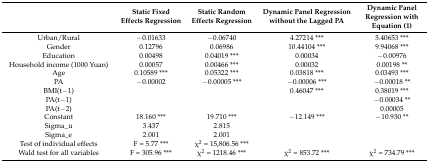
<table><thead><tr><td></td><td><b>Static Fixed Effects Regression</b></td><td><b>Static Random Effects Regression</b></td><td><b>Dynamic Panel Regression without the Lagged PA</b></td><td><b>Dynamic Panel Regression with Equation (1)</b></td></tr></thead><tbody><tr><td>Urban/Rural</td><td>−0.01633</td><td>−0.06740</td><td>4.27214 ***</td><td>5.40653 ***</td></tr><tr><td>Gender</td><td>0.12796</td><td>0.06986</td><td>10.44104 ***</td><td>9.94068 ***</td></tr><tr><td>Education</td><td>0.00498</td><td>0.04019 ***</td><td>0.00034</td><td>−0.00976</td></tr><tr><td>Household income (1000 Yuan)</td><td>0.00057</td><td>0.00466 ***</td><td>0.00032</td><td>0.00198 **</td></tr><tr><td>Age</td><td>0.10589 ***</td><td>0.05322 ***</td><td>0.03818 ***</td><td>0.03493 ***</td></tr><tr><td>PA</td><td>−0.00002</td><td>−0.00005 ***</td><td>−0.00006 ***</td><td>−0.00018 **</td></tr><tr><td>BMI(t−1)</td><td></td><td></td><td>0.46047 ***</td><td>0.38019 ***</td></tr><tr><td>PA(t−1)</td><td></td><td></td><td></td><td>−0.00034 **</td></tr><tr><td>PA(t−2)</td><td></td><td></td><td></td><td>0.00005</td></tr><tr><td>Constant</td><td>18.160 ***</td><td>19.710 ***</td><td>−12.149 ***</td><td>−10.930 **</td></tr><tr><td>Sigma_u</td><td>3.437</td><td>2.815</td><td></td><td></td></tr><tr><td>Sigma_e</td><td>2.001</td><td>2.001</td><td></td><td></td></tr><tr><td>Test of individual effects</td><td>F = 5.77 ***</td><td>χ<sup>2</sup> = 15,806.56 ***</td><td></td><td></td></tr><tr><td>Wald test for all variables</td><td>F = 305.96 ***</td><td>χ<sup>2</sup> = 1218.46 ***</td><td>χ<sup>2</sup> = 853.72 ***</td><td>χ<sup>2</sup> = 734.79 ***</td></tr></tbody></table>